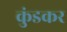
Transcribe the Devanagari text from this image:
कुंडकर